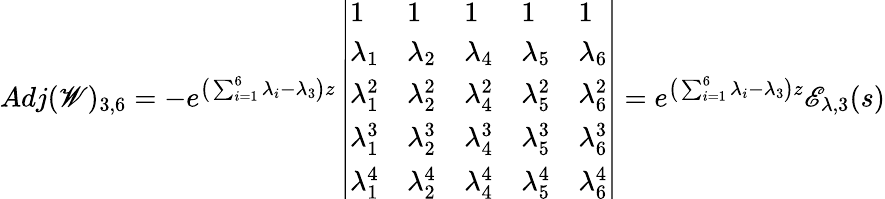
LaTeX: Adj(\mathscr{W})_{3,6}=-e^{\big(\sum_{i=1}^{6}\lambda_{i}-\lambda_{3}\big)z}\left|\begin{array}{lllll}{1}&{1}&{1}&{1}&{1}\\ {\lambda_{1}}&{\lambda_{2}}&{\lambda_{4}}&{\lambda_{5}}&{\lambda_{6}}\\ {\lambda_{1}^{2}}&{\lambda_{2}^{2}}&{\lambda_{4}^{2}}&{\lambda_{5}^{2}}&{\lambda_{6}^{2}}\\ {\lambda_{1}^{3}}&{\lambda_{2}^{3}}&{\lambda_{4}^{3}}&{\lambda_{5}^{3}}&{\lambda_{6}^{3}}\\ {\lambda_{1}^{4}}&{\lambda_{2}^{4}}&{\lambda_{4}^{4}}&{\lambda_{5}^{4}}&{\lambda_{6}^{4}}\end{array}\right|=e^{\big(\sum_{i=1}^{6}\lambda_{i}-\lambda_{3}\big)z}\mathscr{E}_{\lambda,3}(s)